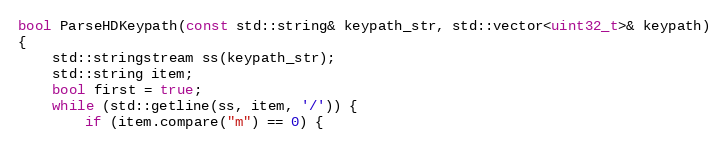
Language: C++
bool ParseHDKeypath(const std::string& keypath_str, std::vector<uint32_t>& keypath)
{
    std::stringstream ss(keypath_str);
    std::string item;
    bool first = true;
    while (std::getline(ss, item, '/')) {
        if (item.compare("m") == 0) {